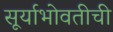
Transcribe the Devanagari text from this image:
सूर्याभोवतीची